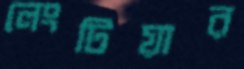
লেংটিয়ার